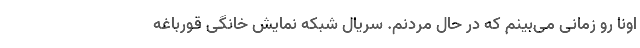
اونا رو زمانی می‌بینم که در حال مردنم. سریال شبکه نمایش خانگی قورباغه